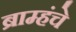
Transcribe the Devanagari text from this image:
ब्राम्हंचे